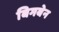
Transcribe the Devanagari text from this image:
बिगबेन